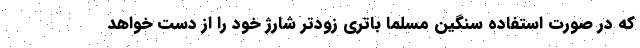
که در صورت استفاده سنگین مسلما باتری زودتر شارژ خود را از دست خواهد